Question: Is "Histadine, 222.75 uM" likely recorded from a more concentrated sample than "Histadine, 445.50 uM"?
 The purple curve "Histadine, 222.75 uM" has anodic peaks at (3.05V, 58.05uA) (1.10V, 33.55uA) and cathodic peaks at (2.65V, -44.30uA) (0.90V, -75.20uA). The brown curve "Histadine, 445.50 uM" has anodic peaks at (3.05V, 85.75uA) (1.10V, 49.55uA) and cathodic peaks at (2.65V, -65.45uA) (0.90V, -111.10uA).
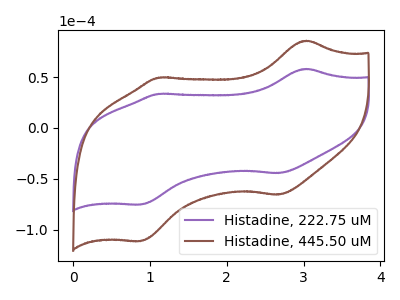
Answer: <think>All the peaks in "Histadine, 222.75 uM" have a peak in "Histadine, 445.50 uM" at the same potential. Every peak in "Histadine, 222.75 uM" is lower than every peak in "Histadine, 445.50 uM".
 </think>
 <answer>"Histadine, 222.75 uM" has less signal than "Histadine, 445.50 uM".</answer>
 <eval>less_signal</eval>